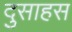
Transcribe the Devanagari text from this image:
दुसाहस